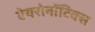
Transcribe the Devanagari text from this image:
ऐयरोनॉटिक्स